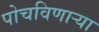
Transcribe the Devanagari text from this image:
पोचविणाऱ्या